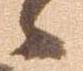
候